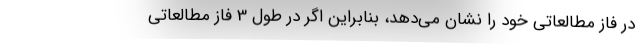
در فاز مطالعاتی خود را نشان می‌دهد، بنابراین اگر در طول 3 فاز مطالعاتی